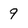
Character: 9